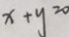
x + y = 0